Bombay plague: being a history of the progress of plague in the Bombay presidency from September 1896 to June 1899
Year: 1896
Disease focus: Plague
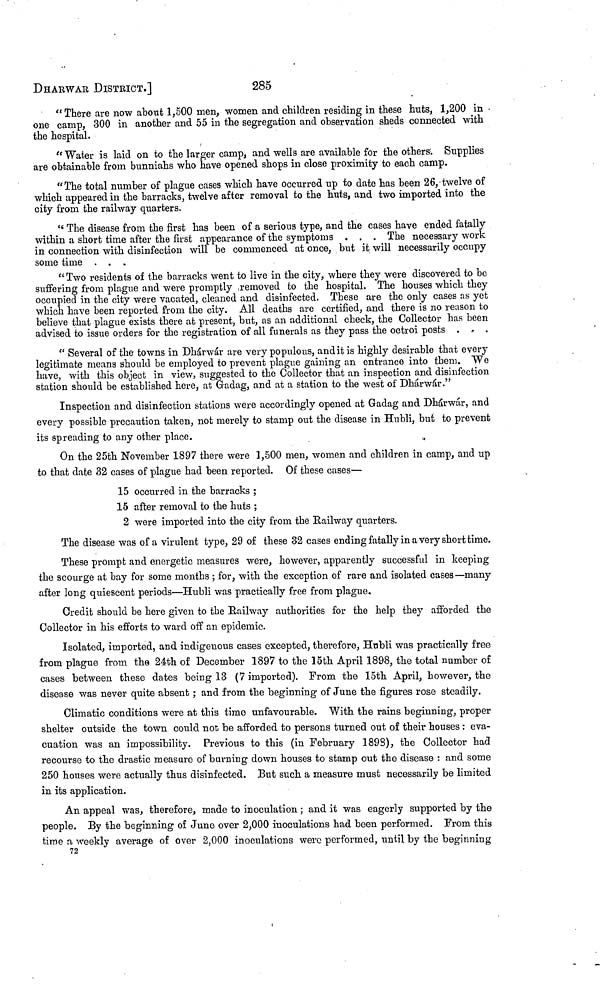
285
DHARWAR DISTRICT.]
"There are now about 1,500 men, women and children residing in these huts, 1,200 in
one camp, 300 in another and 55 in the segregation and observation sheds connected with
the hospital.
"Water is laid on to the larger camp, and wells are available for the others. Supplies
are obtainable from bunniahs who have opened shops in close proximity to each camp.
"The total number of plague cases which have occurred up to date has been 26, twelve of
which appeared in the barracks, twelve after removal to the huts, and two imported into the
city from the railway quarters.
" The disease from the first has been of a serious type, and the cases have ended fatally
within a short time after the first appearance of the symptoms . . . The necessary work
in connection with disinfection will be commenced at once, but it will necessarily occupy
some time . . .
" Two residents of the barracks went to live in the city, where they were discovered to be
suffering from plague and were promptly removed to the hospital. The houses which they
occupied in the city were vacated, cleaned and disinfected. These are the only cases as yet
which have been reported from the city. All deaths are certified, and there is no reason to
believe that plague exists there at present, but, as an additional check, the Collector has been
advised to issue orders for the registration of all funerals as they pass the octroi posts . - .
"Several of the towns in Dhárwár are very populous, and it is highly desirable that every
legitimate means should be employed to prevent plague gaining an entrance into them. We
have, with this object in view, suggested to the Collector that an inspection and disinfection
station should be established here, at Gradag, and at a station to the west of Dhárwár."
Inspection and disinfection stations were accordingly opened at Gadag and Dhárwár, and
every possible precaution taken, not merely to stamp out the disease in Hubli, but to prevent
its spreading to any other place.
On the 25th November 1897 there were 1,500 men, women and children in camp, and up
to that date 32 cases of plague had been reported. Of these cases—
15 occurred in the barracks ;
15 after removal to the huts ;
2 were imported into the city from the Railway quarters.
The disease was of a virulent type, 29 of these 32 cases ending fatally in a very short time.
These prompt and energetic measures were, however, apparently successful in keeping
the scourge at bay for some months ; for, with the exception of rare and isolated cases—many
after long quiescent periods—Hubli was practically free from plague.
Credit should be here given to the Railway authorities for the help they afforded the
Collector in his efforts to ward off an epidemic.
Isolated, imported, and indigenous cases excepted, therefore, Hubli was practically free
from plague from the 24th of December 1897 to the 15th April 1898, the total number of
cases between these dates being 13 (7 imported). Prom the 15th April, however, the
disease was never quite absent ; and from the beginning of June the figures rose steadily.
Climatic conditions were at this time unfavourable. With the rains beginning, proper
shelter outside the town could not be afforded to persons turned out of their houses : eva-
cuation was an impossibility. Previous to this (in February 1898), the Collector had
recourse to the drastic measure of burning down houses to stamp out the disease : and some
250 houses were actually thus disinfected. But such a measure must necessarily be limited
in its application.
An appeal was, therefore, made to inoculation ; and it was eagerly supported by the
people. By the beginning of June over 2,000 inoculations had been performed. From this
time a weekly average of over 2,000 inoculations were performed, until by the beginning
72